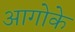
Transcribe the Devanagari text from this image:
आगोके